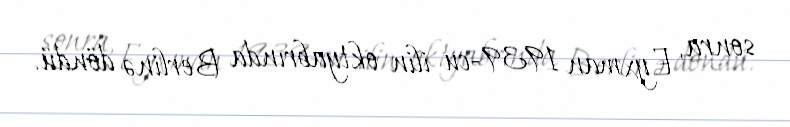
sonra, Eyxman 1939-cu ilin oktyabrında Berlinə döndü.